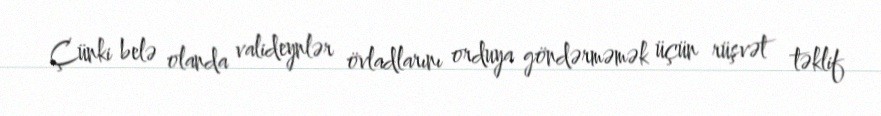
Çünki belə olanda valideynlər övladlarını orduya göndərməmək üçün rüşvət təklif